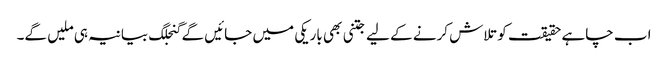
اب چاہے حقیقت کو تلاش کرنے کے لیے جتنی بھی باریکی میں جائیں گے گنجلگ بیانیہ ہی ملیں گے۔